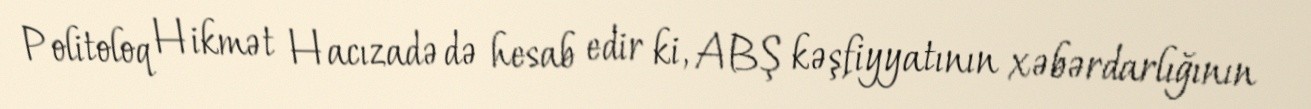
Politoloq Hikmət Hacızadə də hesab edir ki, ABŞ kəşfiyyatının xəbərdarlığının